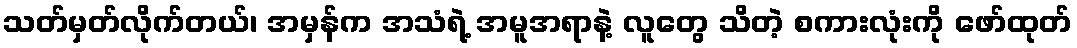
သတ်မှတ်လိုက်တယ်၊ အမှန်က အသံရဲ့ အမူအရာနဲ့ လူတွေ သိတဲ့ စကားလုံးကို ဖော်ထုတ်